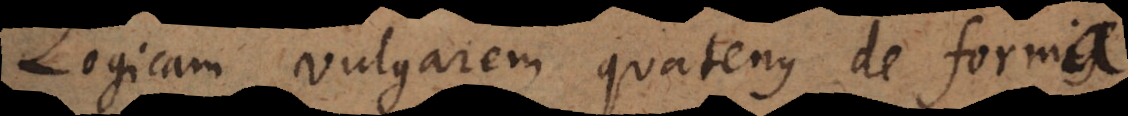
Logicam vulgarem quatenus de formis